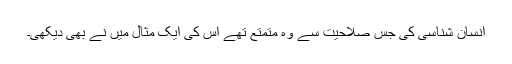
انسان شناسی کی جس صلاحیت سے وہ متمتع تھے اس کی ایک مثال میں نے بھی دیکھی۔